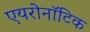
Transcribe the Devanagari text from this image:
एयरोनॉटिक